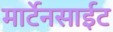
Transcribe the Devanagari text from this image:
मार्टेनसाईट